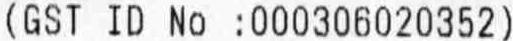
(GST ID NO :000306020352)